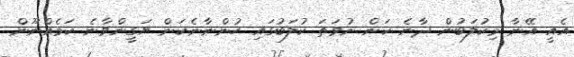
އެއީ އޭނާ މިކުލަބުން ދާނެ ކަން ނުވަތަ ކުލަބުގައި ހުންނާނެކަން ޔަގީންވާނެ ކަމެއްނޫން.